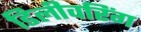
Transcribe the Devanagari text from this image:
डिलीवरिंग